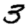
Digit: 3